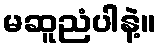
မဆူညံပါနဲ့။